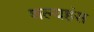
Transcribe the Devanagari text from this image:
शल्यहंस